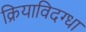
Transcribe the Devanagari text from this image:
क्रियाविदग्धा